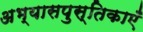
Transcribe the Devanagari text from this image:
अभ्यासपुस्तिकाएँ